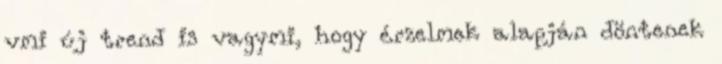
vmi új trend is vagymi, hogy érzelmek alapján döntenek